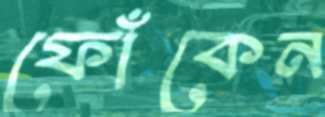
ফোঁকেন